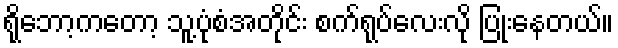
ရိုဘော့ကတော့ သူ့ပုံစံအတိုင်း စက်ရုပ်လေးလို ပြုံးနေတယ်။